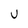
Character: U